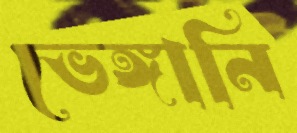
ভেঙ্গানি